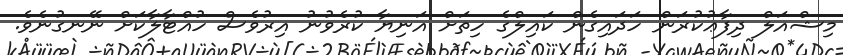
މިޝްއަލް ދިފާޢުކުރަން ހަދައިގެން ކައިލްގެ ހިތަށް އަނިޔާ ކުރެވުނު އިރުވެސް ހުއްޓާލާކަށް ނޭނގުނެވެ.